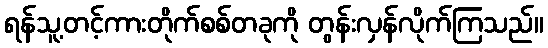
ရန်သူ့တင့်ကားတိုက်စစ်တခုကို တွန်းလှန်လိုက်ကြသည်။